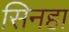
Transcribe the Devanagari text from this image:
सिनहा